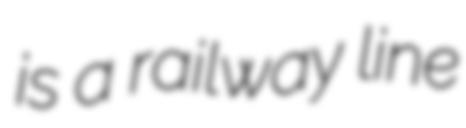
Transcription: is a railway line